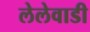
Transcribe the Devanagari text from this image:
लेलेवाडी